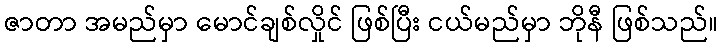
ဇာတာ အမည်မှာ မောင်ချစ်လှိုင် ဖြစ်ပြီး ငယ်မည်မှာ ဘိုနီ ဖြစ်သည်။